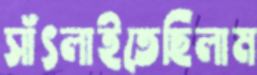
সাঁৎলাইতেছিলাম